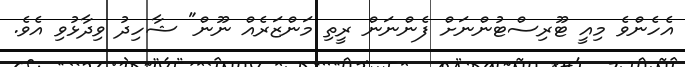
އެހެންވެ މިއީ ޓޫރިސްޓުންނަށް ފެންނަން ރީތި މަންޒަރެއް ނޫން" ޝާހިދު ވިދާޅުވި އެވެ.